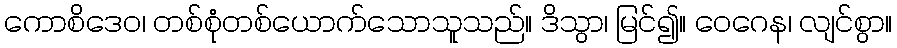
ကောစိဒေဝ၊ တစ်စုံတစ်ယောက်သောသူသည်။ ဒိသွာ၊ မြင်၍။ ဝေဂေန၊ လျင်စွာ။